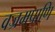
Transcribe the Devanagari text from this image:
वज्रमपाणि